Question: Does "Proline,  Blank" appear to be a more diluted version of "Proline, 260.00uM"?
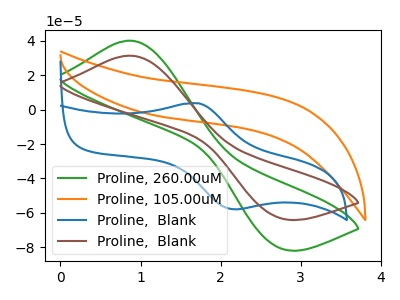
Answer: <think>The green curve "Proline, 260.00uM" has an anodic peak at (0.85V, 40.10uA) and a cathodic peak at (2.75V, -80.45uA). The orange curve "Proline, 105.00uM" has no peaks. The blue curve "Proline,  Blank" has an anodic peak at (1.75V, 3.65uA) and a cathodic peak at (2.20V, -57.95uA). The brown curve "Proline,  Blank" has an anodic peak at (0.85V, 31.35uA) and a cathodic peak at (2.75V, -63.00uA).
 All the peaks in "Proline,  Blank" have a peak in "Proline, 260.00uM" at the same potential. Every peak in "Proline,  Blank" is lower than every peak in "Proline, 260.00uM".</think>
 <answer>"Proline,  Blank" has less signal than "Proline, 260.00uM" and so likely has a lower concentration.</answer>
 <eval>less_concentration</eval>